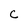
Character: C